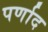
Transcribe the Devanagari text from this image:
पर्णाद